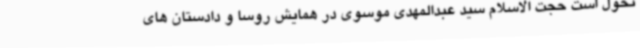
تحول است حجت الاسلام سید عبدالمهدی موسوی در همایش روسا و دادستان های